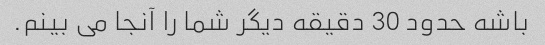
باشه حدود 30 دقیقه دیگر شما را آنجا می بینم.